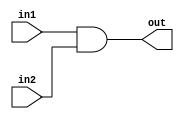
module Bit_And(in1,in2,out);
  input [15:0] in1,in2;
  output [15:0] out;
  assign out = in1 & in2;
endmodule